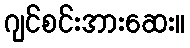
ဂျင်စင်းအားဆေး။